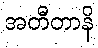
အတီတာနိ